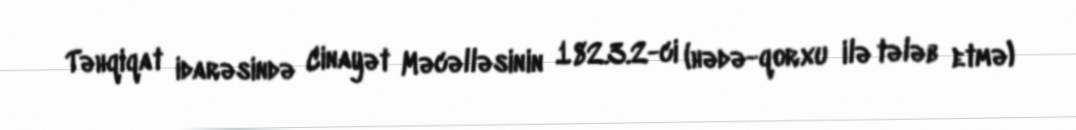
Təhqiqat idarəsində Cinayət Məcəlləsinin 182.3.2-ci (hədə-qorxu ilə tələb etmə)